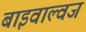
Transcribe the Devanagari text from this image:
बाइवाल्वज